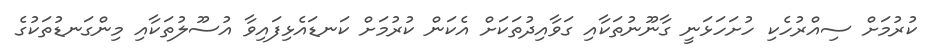
ކުރުމަށް ސިއްރުހެކި ހުށަހަޅަނީ ގާނޫނުތަކާއި ގަވާއިދުތަކަށް އެކަން ކުރުމަށް ކަނޑައެޅިފައިވާ އުސޫލުތަކާއި މިންގަނޑުތަކުގެ